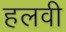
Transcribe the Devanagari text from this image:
हलवी